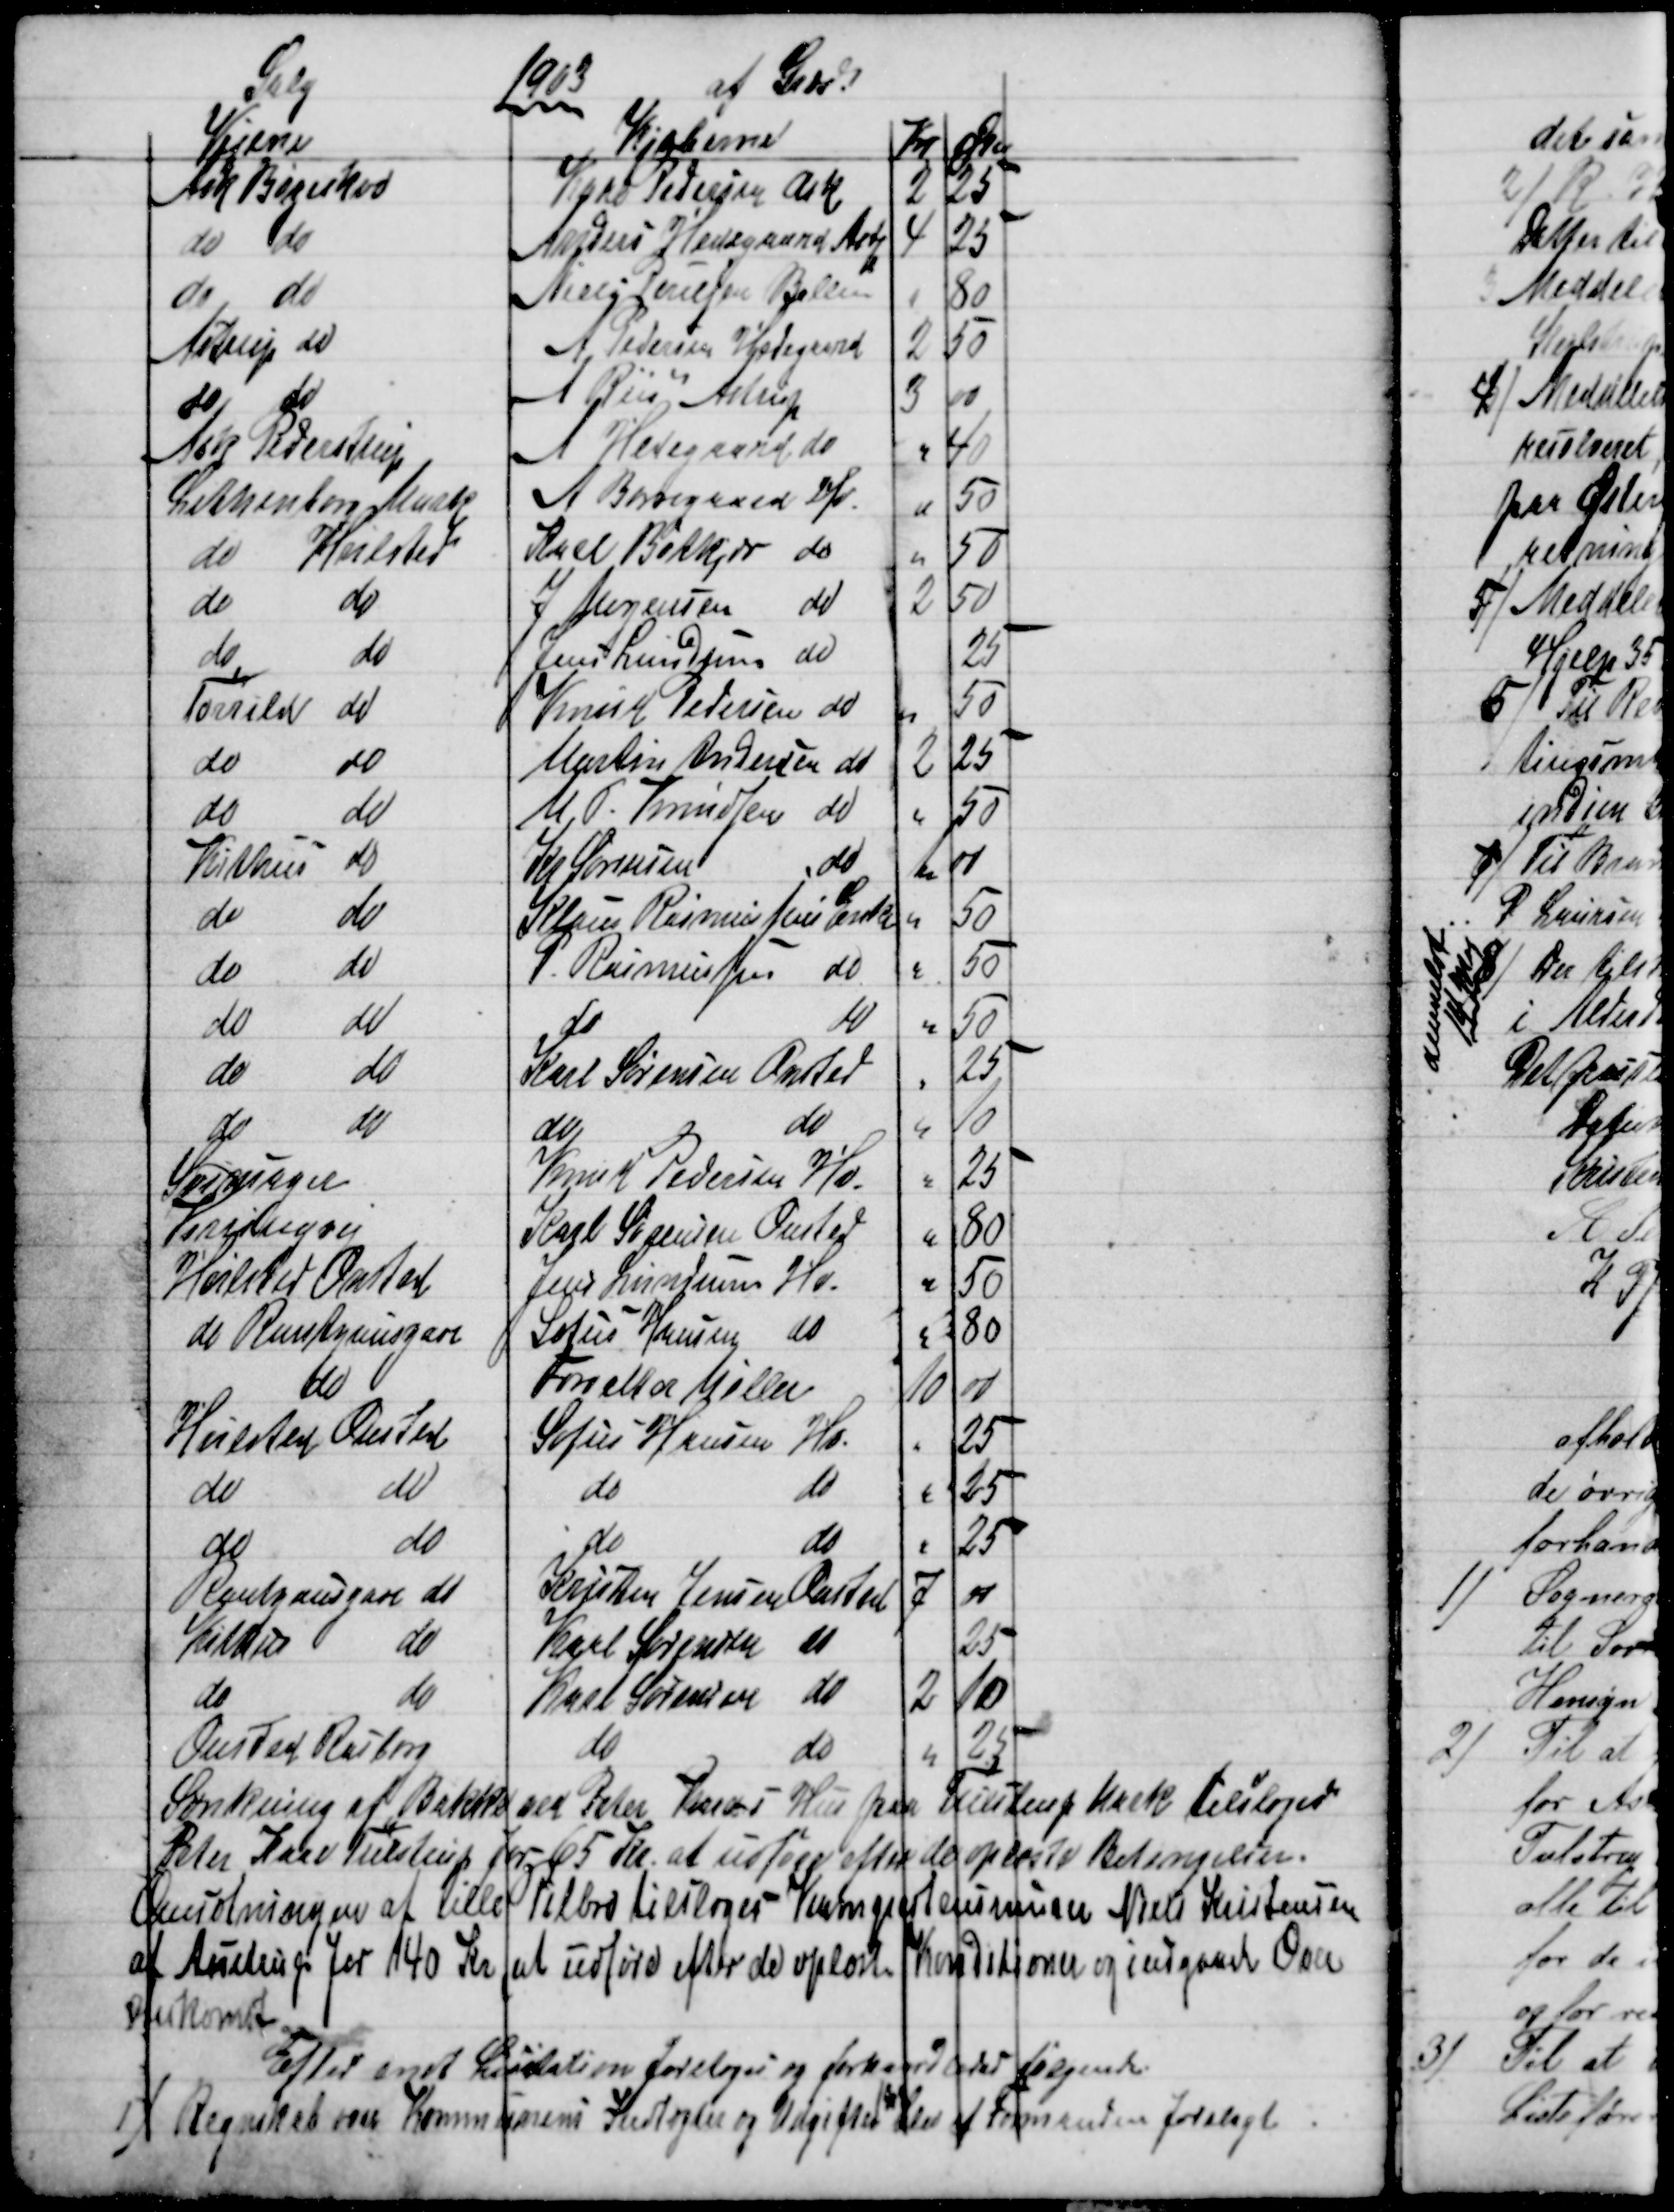
Transskription:
1903
Salg
at Græs.
Vejene
Kjøberne
Kr
Øre
Ask Bøgeskov
Kaae Pedersen Ask
2
25
do do
Anders Hedegaard Astp
4
25
do do
Niels Poulsen Ballen
80
Astrup do
A Pedersen Hedegaard
2
50
do
do
A Riis Astrup
3
00
Ask Pederstrup
A Hedegaard do
40
Lethenborg Mustp
A Borregaard Hv
50
do Hvilsted
Karl Bøtkjær do
50
do
do
J Mogensen do
2
50
do
do
Jens Lundum do
25
Torrild
do
Knud Pedersen do
50
do
do
Martin Andersen do
2
25
do
do
M. P. Knudsen do
50
Kithus
do
Kr Sørensen
do
1
00
do
do
Klaus Rasmussens Enke
50
do
do
P. Rasmussen do
50
do
do
do
do
50
do
do
Karl Sørensen Onsted
25
do
do
do
do
10
Svinsager
Knud Pedersen Hv.
25
Virringvej
Karl Sørensen Onsted
80
Hvilsted Onsted
Jens Lundum Hv.
50
do Rantzausgave
Sofus Hansen do
80
do
Forvalter Møller
10
00
Hvilsted Onsted
Sofus Hansen Hv.
25
do
do
do
do
25
do
do
do
do
25
Rantzausgave do
Kristen Jensen Onsted
7
00
Kithus
do
Karl Sørensen
do
25
do
do
Karl Sørensen do
2
10
Onsted Rasborg
do
do
25
Sænkning af Bakken ved Peter Kaaes Hus paa Tilstrup Mark tilsloges
Peter Kaae Tulstrup for 65 Kr. at udføre efter de oplæste Betingelser.
Omsætningen af Lille Pilbro tilsloges Kampestensmurer Niels Kristensen
af Astrup for 140 Kr at udføre efter de oplæste Konditioner og indgaaet Over 
enskomst.
Efter endt Licitation foretoges og forhandledes følgende
1) Regnskab over Kommunens Indtægter og Udgifter 
1902
blev af Formanden forelagt